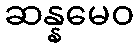
ဆန္နမေဝ